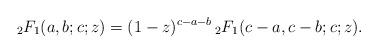
LaTeX: \begin{align*}{}_2 F_1(a,b;c;z) = (1-z)^{c-a-b} \, {}_2 F_1(c-a,c-b;c;z).\end{align*}